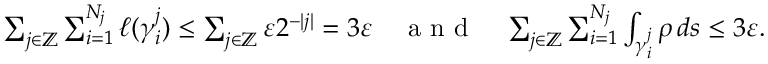
\begin{array} { r } { \sum _ { j \in \mathbb Z } \sum _ { i = 1 } ^ { N _ { j } } \ell ( \gamma _ { i } ^ { j } ) \leq \sum _ { j \in \mathbb Z } \varepsilon 2 ^ { - | j | } = 3 \varepsilon \quad \textrm { a n d } \quad \sum _ { j \in \mathbb Z } \sum _ { i = 1 } ^ { N _ { j } } \int _ { \gamma _ { i } ^ { j } } \rho \, d s \leq 3 \varepsilon . } \end{array}